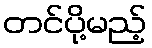
တင်ပို့မည့်